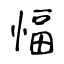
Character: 愊